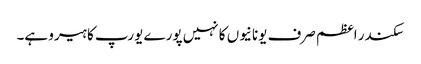
سکندر اعظم صرف یونانیوں کا نہیں پورے یورپ کا ہیرو ہے۔